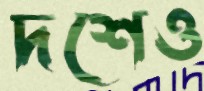
দশেও